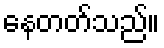
နေတတ်သည်။